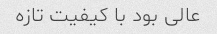
عالی بود با کیفیت تازه